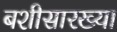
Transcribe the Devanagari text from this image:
बशीसारख्या